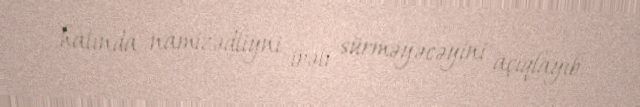
halında namizədliyni irəli sürməyəcəyini açıqlayıb.